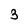
Character: 3